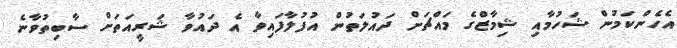
އެހެންކަމުން ޝަހުމާއި ޝިމާޒްގެ މައްޗަށް ދައުލަތުން އުފުލާފައިވާ އެ ދައުވާ ޝަރީއަތަށް ސާބިތުވާނެ